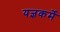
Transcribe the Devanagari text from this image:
यज्ञकर्मे